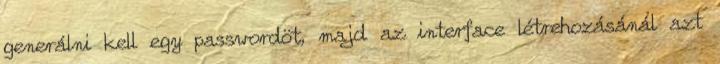
generálni kell egy passwordöt, majd az interface létrehozásánál azt